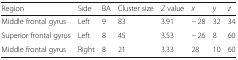
| Region | Side | BA | Cluster size | Z value | x | y | z |
 | --- | --- | --- | --- | --- | --- | --- | --- |
 | Middle frontal gyrus | Left | 9 | 83 | 3.91 | − 28 | 32 | 34 |
 | Superior frontal gyrus | Left | 8 | 45 | 3.53 | − 26 | 8 | 60 |
 | Middle frontal gyrus | Right | 8 | 21 | 3.33 | 28 | 10 | 60 |